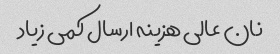
نان عالی هزینه ارسال کمی زیاد